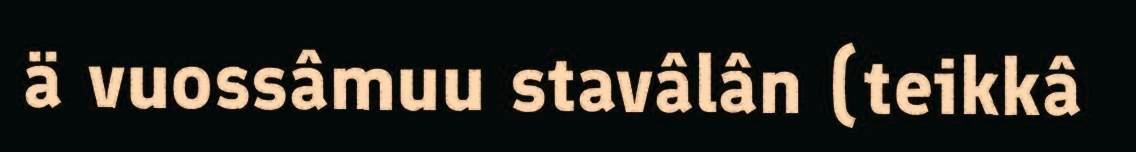
ä vuossâmuu stavâlân (teikkâ